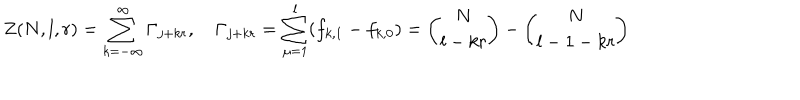
Z ( N , l , r ) = \sum _ { k = - \infty } ^ { \infty } \Gamma _ { j + k r } , \quad \Gamma _ { j + k r } = \sum _ { \mu = 1 } ^ { l } ( f _ { k , 1 } - f _ { k , 0 } ) = { \binom { N } { l - k r } } - { \binom { N } { l - 1 - k r } }